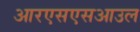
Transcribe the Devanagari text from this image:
आरएसएसआउल